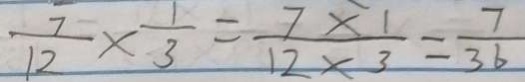
\frac { 7 } { 1 2 } \times \frac { 1 } { 3 } = \frac { 7 \times 1 } { 1 2 \times 3 } = \frac { 7 } { 3 6 }